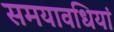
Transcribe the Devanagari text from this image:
समयावधियां